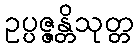
ဥပ္ပဇ္ဇန္တိသုတ္တ